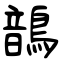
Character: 鶕